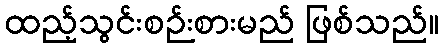
ထည့်သွင်းစဉ်းစားမည် ဖြစ်သည်။